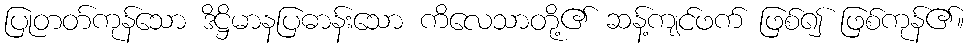
ပြုတတ်ကုန်သော ဒိဋ္ဌိမာနပြဓာန်းသော ကိလေသာတို့၏ ဆန့်ကျင်ဖက် ဖြစ်၍ ဖြစ်ကုန်၏။